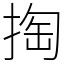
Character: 掏